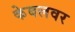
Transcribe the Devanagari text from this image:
केबलवर